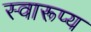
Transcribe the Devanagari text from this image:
स्वारूप्य